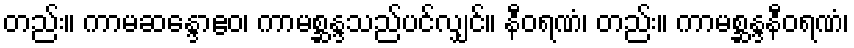
တည်း။ ကာမဆန္ဒောဧဝ၊ ကာမစ္ဆန္ဒသည်ပင်လျှင်။ နီဝရဏံ၊ တည်း။ ကာမစ္ဆန္ဒနီဝရဏံ၊